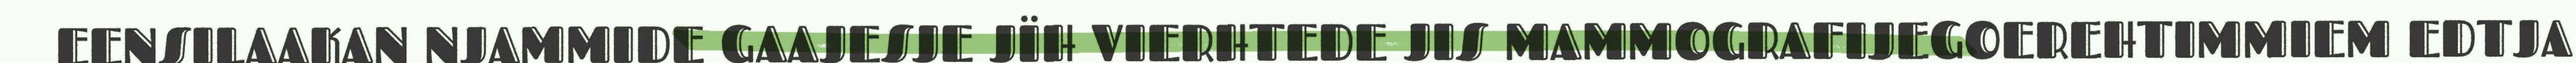
EENSILAAKAN NJAMMIDE GAAJESJE JÏH VIERHTEDE JIS MAMMOGRAFIJEGOEREHTIMMIEM EDTJA